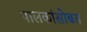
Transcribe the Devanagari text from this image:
पालकांसोबत